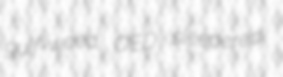
gulf-weed OED sleepered